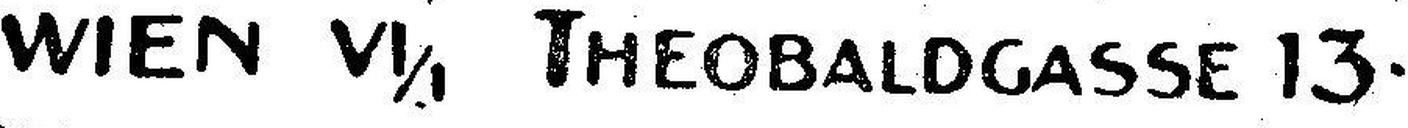
WIEN Vl/1 THEOBALDGASSE 13.